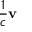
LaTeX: { \frac { 1 } { c } } \mathbf { v }